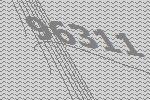
96311